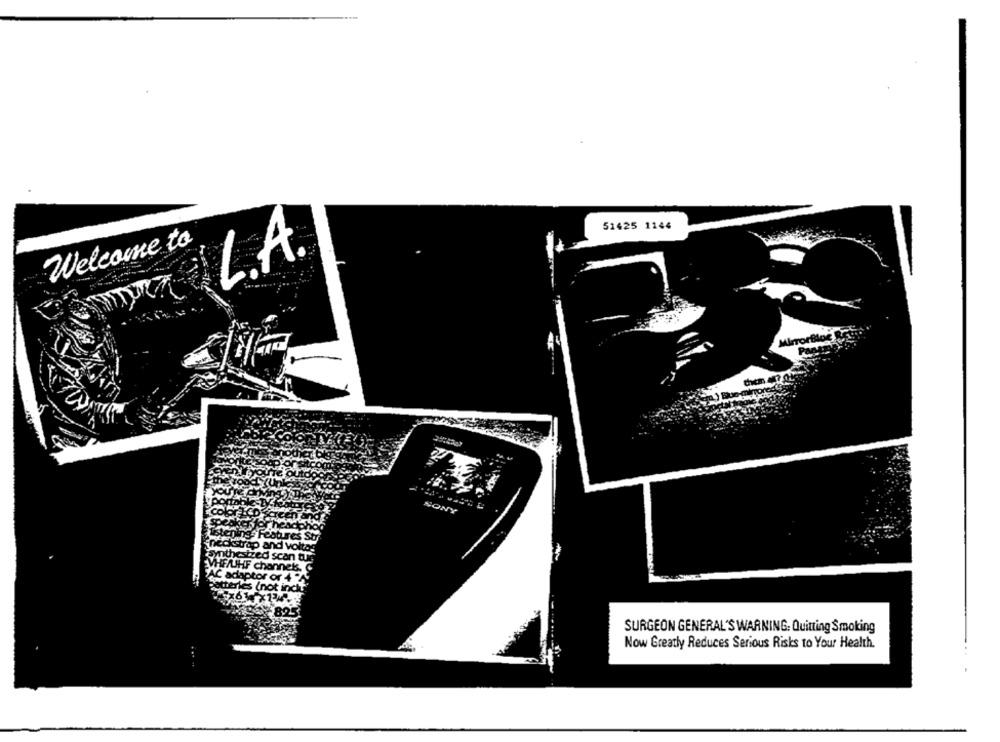
51425 1144
Welcome to
L.A.
SONY
SURGEON GENERAL'S WARNING: Quitting Smoking
Now Greatly Reduces Serious Risks to Your Health.